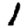
Digit: 1